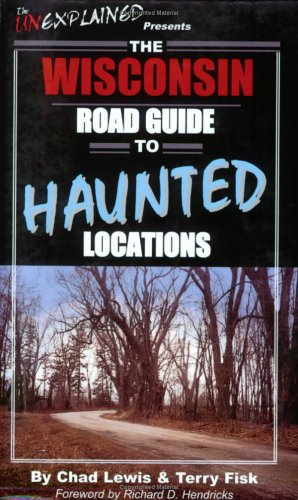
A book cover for The Wisconsin Road Guide to Haunted Locations; Chad Lewis; Religion & Spirituality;